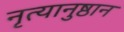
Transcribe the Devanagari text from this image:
नृत्यानुष्ठान